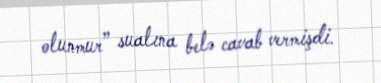
olunmur” sualına belə cavab vermişdi.